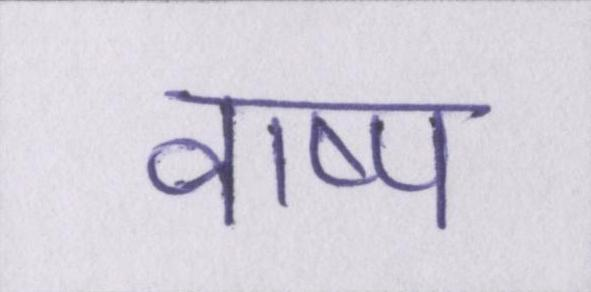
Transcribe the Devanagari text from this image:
वाष्प